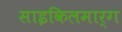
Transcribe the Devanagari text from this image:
साइकिलमार्ग